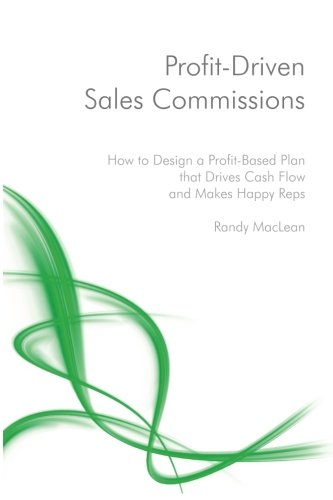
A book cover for Profit-Driven Sales Commissions: Design a Profit-Based Plan that Drives Cash Flow and Makes Happy Reps; Randy MacLean; Business & Money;